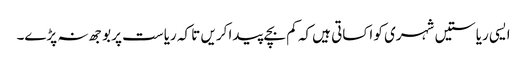
ایسی ریاستیں شہری کو اکساتی ہیں کہ کم بچے پیدا کریں تا کہ ریاست پر بوجھ نہ پڑے۔